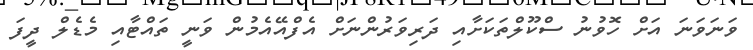
ވަނަވަނަ އަށް ހޮވުނު ސްކޫލްތަކަށާއި ދަރިވަރުންނަށް އެފްއޭއެމުން ވަނީ ތައްޓާއި މެޑެލް ދީފަ